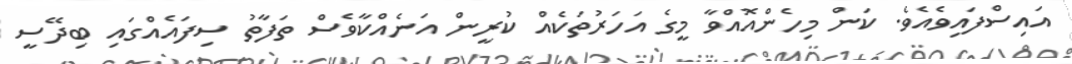
އައިސްފައިވެއެވެ. ކަން މިހެންއޮއްވާ މީގެ އަހަރުތަކެއް ކުރީން އަނެއްކާވެސް ތަފާތު ސިފައެއްގައި ބިދޭސީ